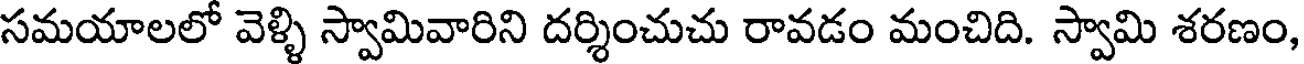
సమయాలలో వెళ్ళి స్వామివారిని దర్శించుచు రావడం మంచిది. స్వామి శరణం,